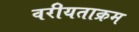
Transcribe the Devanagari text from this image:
वरीयताक्रम